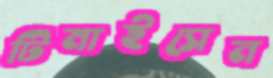
টিমাইসেন